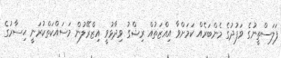
ފަލަސްތީނުގެ ވަފުދުގެ މެންބަރެއް ކަމަށްވާ އިއްޒަތުއް ރިޝްގު ވިދާޅުވީ އިޒްރޭލުން މަސައްކަތްކުރަނީ ޙިސާރުގެ